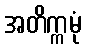
အတိက္ကမုံ